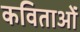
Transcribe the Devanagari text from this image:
कविताओंं